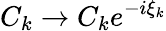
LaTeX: C_{k}\rightarrow C_{k}e^{-i\xi_{k}}